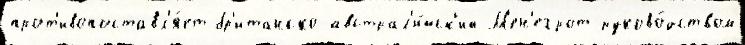
прот'ивопоставл'я́ет бр'итанско-австрал'и́йск'ий М'ен'егрот руково́дством